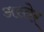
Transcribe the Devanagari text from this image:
अस्तेर